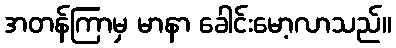
အတန်ကြာမှ မာနာ ခေါင်းမော့လာသည်။